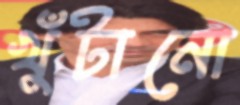
খুঁটানো